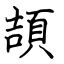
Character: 頡